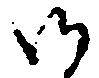
御